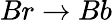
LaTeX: Br\rightarrow Bb